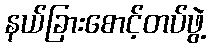
နယ်ခြားစောင့်တပ်ဖွဲ့